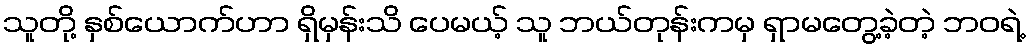
သူတို့ နှစ်ယောက်ဟာ ရှိမှန်းသိ ပေမယ့် သူ ဘယ်တုန်းကမှ ရှာမတွေ့ခဲ့တဲ့ ဘဝရဲ့